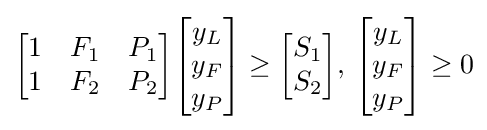
{\begin{bmatrix}1&F_{1}&P_{1}\\1&F_{2}&P_{2}\end{bmatrix}}{\begin{bmatrix}y_{L}\\y_{F}\\y_{P}\end{bmatrix}}\geq {\begin{bmatrix}S_{1}\\S_{2}\end{bmatrix}},\,{\begin{bmatrix}y_{L}\\y_{F}\\y_{P}\end{bmatrix}}\geq 0